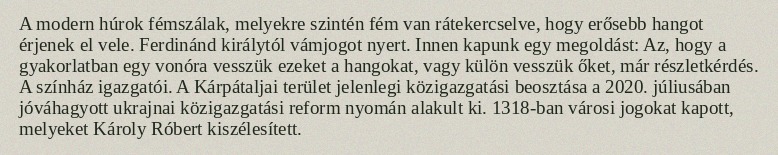
A modern húrok fémszálak, melyekre szintén fém van rátekercselve, hogy erősebb hangot érjenek el vele. Ferdinánd királytól vámjogot nyert. Innen kapunk egy megoldást: Az, hogy a gyakorlatban egy vonóra vesszük ezeket a hangokat, vagy külön vesszük őket, már részletkérdés. A színház igazgatói. A Kárpátaljai terület jelenlegi közigazgatási beosztása a 2020. júliusában jóváhagyott ukrajnai közigazgatási reform nyomán alakult ki. 1318-ban városi jogokat kapott, melyeket Károly Róbert kiszélesített.